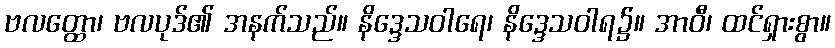
ဗလတ္ထော၊ ဗလပုဒ်၏ အနက်သည်။ နိဒ္ဒေသဝါရေ၊ နိဒ္ဒေသဝါရ၌။ အာဝီ၊ ထင်ရှားစွာ။